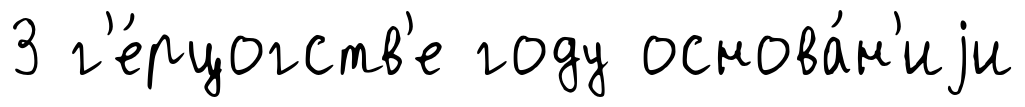
3 г'е́рцогств'е году основа́н'иjи